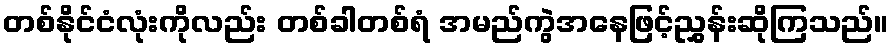
တစ်နိုင်ငံလုံးကိုလည်း တစ်ခါတစ်ရံ အမည်ကွဲအနေဖြင့်ညွှန်းဆိုကြသည်။